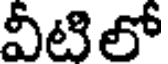
వీటిలో